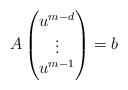
\begin{align*}A\begin{pmatrix}u^{m-d}\\\vdots\\u^{m-1}\end{pmatrix}= b\end{align*}